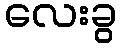
လေးခွ